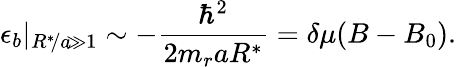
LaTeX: \epsilon_{b}|_{R^{*}\! /a\! \gg 1}\sim-\frac{\hbar^{2}}{2m_{r}aR^{*}}=\delta\mu(B-B_{0}).